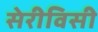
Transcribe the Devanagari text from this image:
सेरीविसी